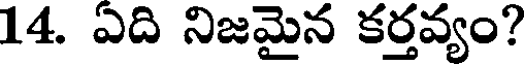
14. ఏది నిజమైన కర్తవ్యం?